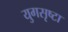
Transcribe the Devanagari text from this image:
युगसृष्टा